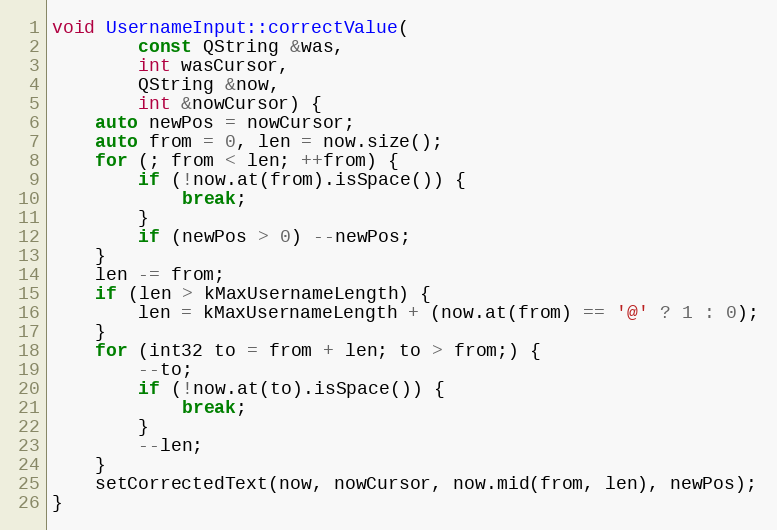
Language: C++
void UsernameInput::correctValue(
		const QString &was,
		int wasCursor,
		QString &now,
		int &nowCursor) {
	auto newPos = nowCursor;
	auto from = 0, len = now.size();
	for (; from < len; ++from) {
		if (!now.at(from).isSpace()) {
			break;
		}
		if (newPos > 0) --newPos;
	}
	len -= from;
	if (len > kMaxUsernameLength) {
		len = kMaxUsernameLength + (now.at(from) == '@' ? 1 : 0);
	}
	for (int32 to = from + len; to > from;) {
		--to;
		if (!now.at(to).isSpace()) {
			break;
		}
		--len;
	}
	setCorrectedText(now, nowCursor, now.mid(from, len), newPos);
}